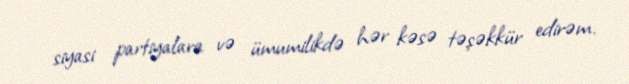
siyasi partiyalara və ümumilikdə hər kəsə təşəkkür edirəm.